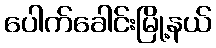
ပေါက်ခေါင်းမြို့နယ်